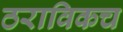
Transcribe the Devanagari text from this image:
ठराविकच